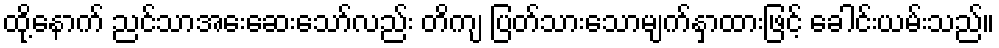
ထို့နောက် ညင်သာအေးဆေးသော်လည်း တိကျ ပြတ်သားသောမျက်နှာထားဖြင့် ခေါင်းယမ်းသည်။